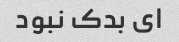
ای بدک نبود